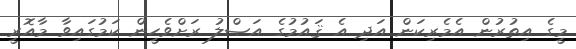
މީގެ އިތުރުން އެމެރިކަން އަދި އެ ޤައުމުގެ އަޞްލު ރަށްވެހީން ކަމުގައިވާ މާއޮރީ